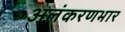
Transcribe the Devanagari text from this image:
अलंकरणभार